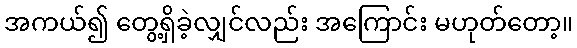
အကယ်၍ တွေ့ရှိခဲ့လျှင်လည်း အကြောင်း မဟုတ်တော့။